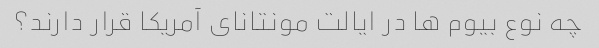
چه نوع بیوم ها در ایالت مونتانای آمریکا قرار دارند؟